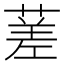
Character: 蒫